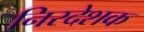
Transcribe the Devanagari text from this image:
निरदेशक